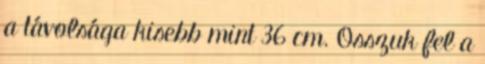
a távolsága kisebb mint 36 cm. Osszuk fel a